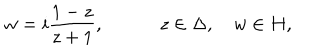
w = i { \frac { 1 - z } { z + 1 } } , \quad \qquad z \in \Delta , \quad w \in H ,